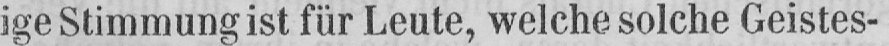
ige Stimmung ist für Leute, welche solche Geistes-